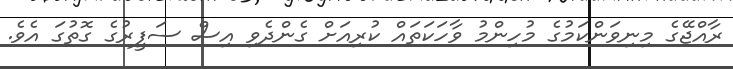
ރާއްޖޭގެ މިނިވަންކަމުގެ މުހިންމު ވާހަކަތައް ކުރިއަށް ގެންދެވި އިސް ސަފީރުގެ ގޮތުގަ އެވެ.